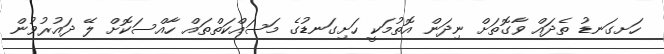
ހަށގަނޑު ތެދައް ވާގޮތަށް ނިދަން އޮތުމަކީ ހަށިގަނޑުގެ މަސައްކަތްތައް ހާއްސަކޮށް ލޭ ދައުރުވުން